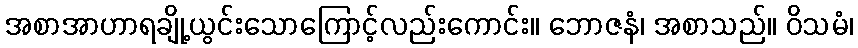
အစာအာဟာရချို့ယွင်းသောကြောင့်လည်းကောင်း။ ဘောဇနံ၊ အစာသည်။ ဝိသမံ၊